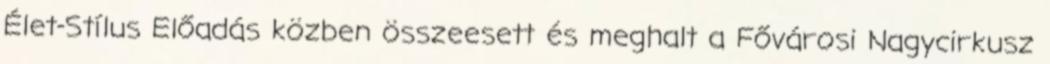
Élet-Stílus Előadás közben összeesett és meghalt a Fővárosi Nagycirkusz